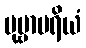
ပုဗ္ဗာပရိယံ